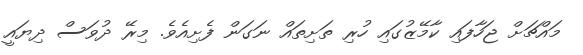
މައްޗަށް ޖަހާފައި ކާމޭޒުގައި ހުރި ތަށިތައް ނަގަން ފެށިއެވެ. މިރޭ ދުވަސް ދިޔައީ